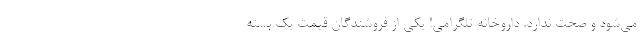
می‌شود و صحت ندارد. داروخانه تلگرامی! یکی از فروشندگان قیمت یک بسته